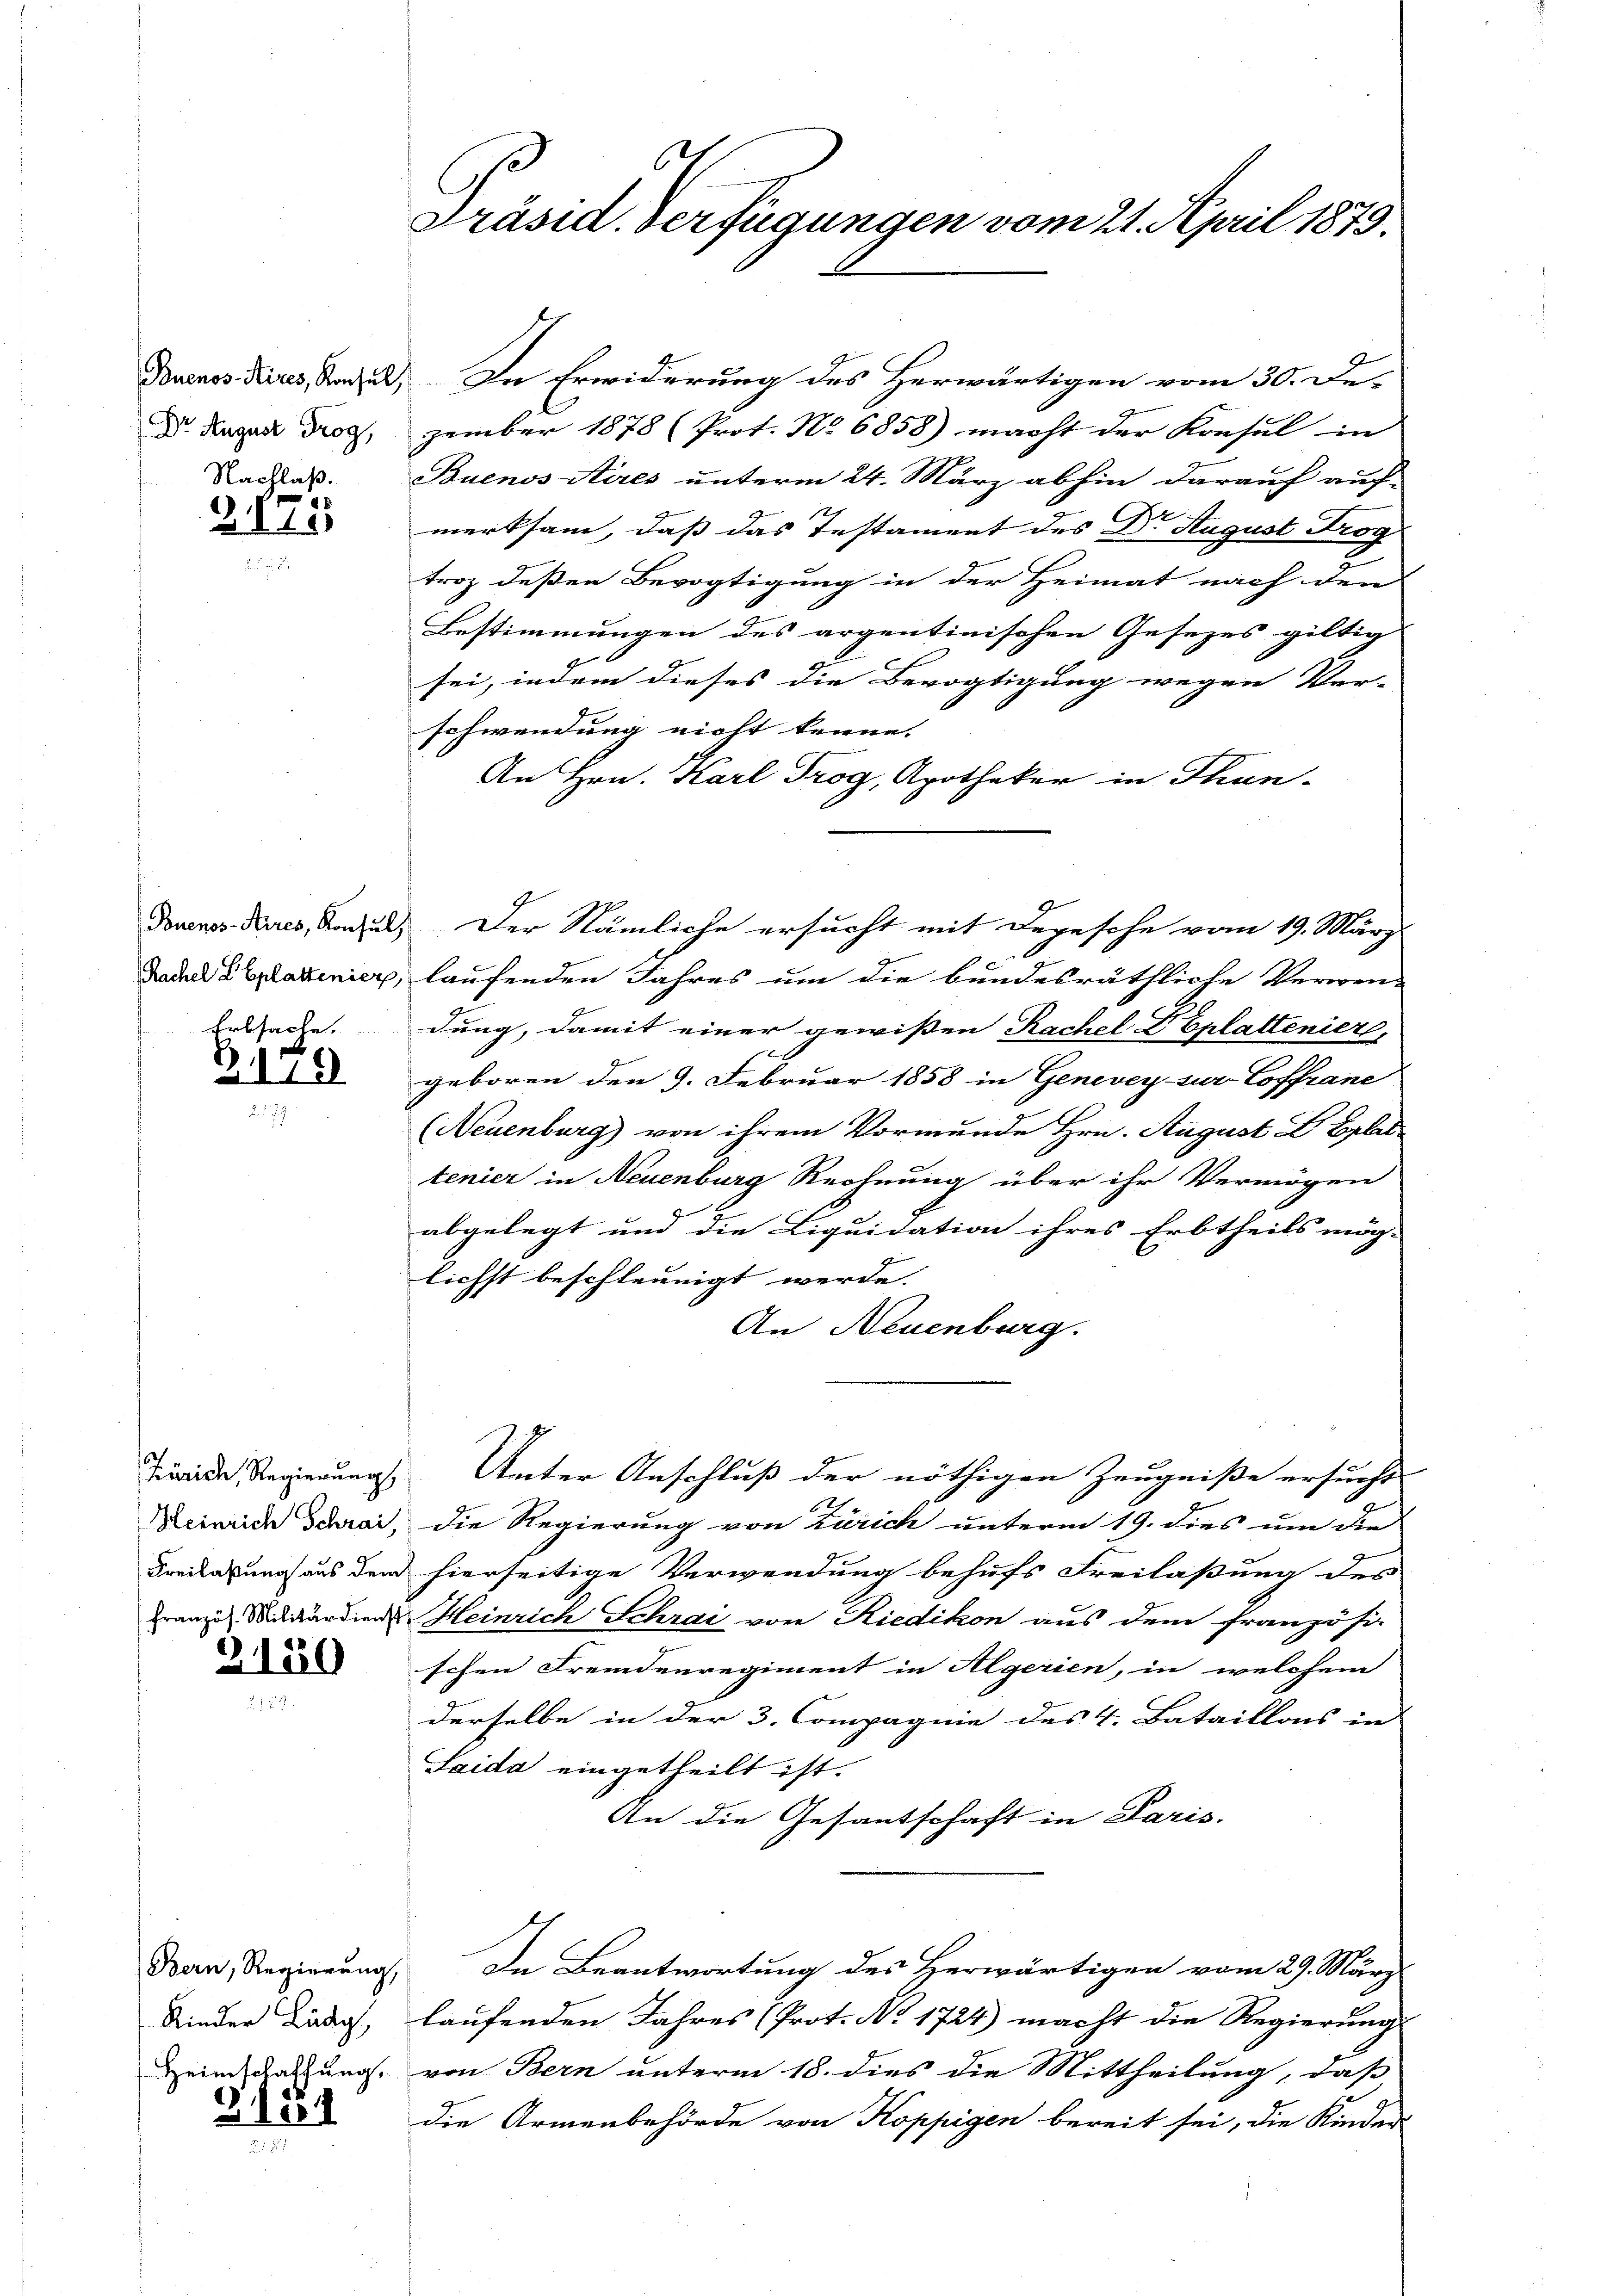
Buenos Aires, Konsul
Dr. August Trog,
Nachlaß.

2115

Pouenos-Aires, Konsul,
Rachel LEplattenier,
Erbsache.

2119

Zürich, Regierung
Heinrich Schrai
Freilaßung aus dem
französ. Militärdienst

2150

Bern, Regierung,
Kieder Lädg,
Heimschaffung.

3 1884

s
Präsid. Verfügungen vom 21. April 1879.

In Erwiderung des Herwärtigen vom 30. Dezember 1878 (Prot. No 6858) macht der Konsul in
Buenos Aires unterm 24. März abhin darauf auf-
merksam, daß das Testament des Dr. August Trog
n
troz deßen Bevogtigung in der Heimat nach den
Bestimmungen des argentinischen Gesezes giltig
sei, indem dieses die Bevogtigung wegen Ver- |
schwendung nicht kenne. |
An Hrn. Karl Trog, Apotheker in Thun-
Der Nämliche ersucht mit Depesche vom 19. März
laufenden Jahres um die bundesräthliche Verwen-
dung, damit einer gewißen Rachel VEplattenier,
geboren den 9. Februar 1858 in Genevey zur Coffrane
(Neuenburg) von ihrem Vormunde Hrn. August L Eplat
tenier in Neuenburg Rechnung über ihr Vermögen
abgelegt und die Liquidation ihres Erbtheils mög-
lichst beschleunigt werde.
An Neuenburg.
Unter Anschluß der nöthigen Zeugniße ersuche
die Regierung von Zürich unterm 19. dies um die
hierseitige Verwendung behufs Freilaßung des
Heinrich Schrai von Riedikon aus dem französi-
schen Fremdenregiment in Algerien, in welchem
derselbe in der 3. Compagnie des 4. Bataillons in
Saida eingetheilt ist.
An die Gesantschaft in Paris.
In Beantwortung des Herwärtigen vom 29. März
laufenden Jahres (Prot. No 1724) macht die Regierung
von Bern unterm 18. dies die Mittheilung, daß
die Armenbehörde von Koppigen bereit sei, die Kinder-